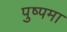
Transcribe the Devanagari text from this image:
पुष्पमा